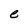
Character: e